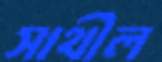
সাথীল